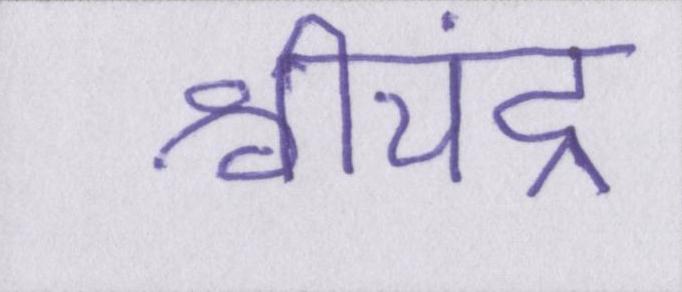
श्रीचंद्र